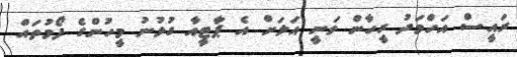
ރައީސް އަހްމަދު ރީހާން ވަނީ އަލަށް އެ ޕާޓީއާ ގުޅުނު މީހުންގެ ފޯމުތައް